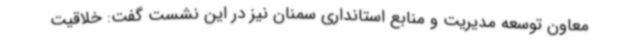
معاون توسعه مدیریت و منابع استانداری سمنان نیز در این نشست گفت: خلاقیت